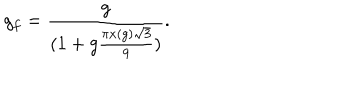
LaTeX: g _ { f } = { \frac { g } { ( 1 + g { \frac { \pi x ( g ) \sqrt { 3 } } { 9 } } ) } } .